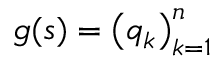
g ( s ) = \left( q _ { k } \right) _ { k = 1 } ^ { n }